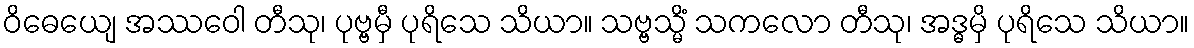
ဝိဓေယျေ အဿဝေါ တီသု၊ ပုဗ္ဗမှီ ပုရိသေ သိယာ။ သဗ္ဗသ္မိံ သကလော တီသု၊ အဒ္ဓမှိ ပုရိသေ သိယာ။